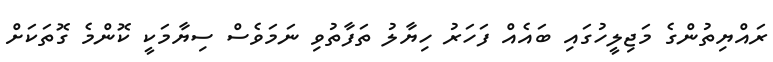
ރައްޔިތުންގެ މަޖިލީހުގައި ބައެއް ފަހަރު ހިޔާލު ތަފާތުވި ނަމަވެސް ސިޔާމަކީ ކޮންމެ ގޮތަކަށް